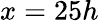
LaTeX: x=25h